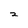
Character: 2